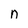
Character: n